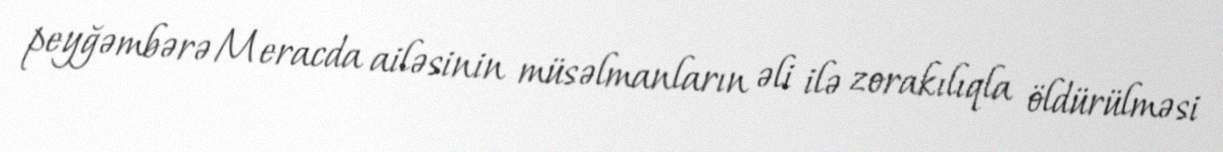
peyğəmbərə Meracda ailəsinin müsəlmanların əli ilə zorakılıqla öldürülməsi